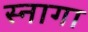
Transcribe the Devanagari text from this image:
स्नागा